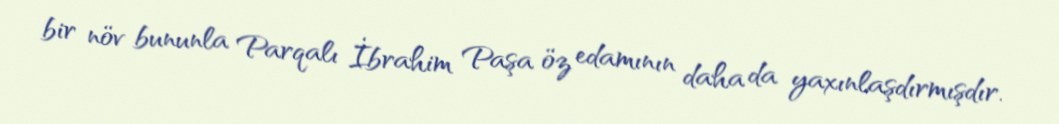
bir növ bununla Parqalı İbrahim Paşa öz edamının daha da yaxınlaşdırmışdır.